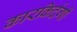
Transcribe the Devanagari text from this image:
कारकिर्दगी